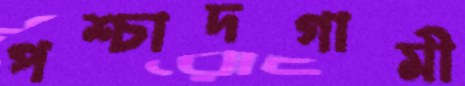
পশ্চাদগামী